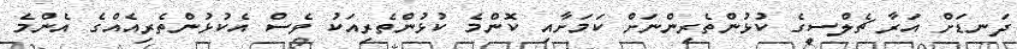
ދަނޑަށް އަރާ ޗެލްސީގެ ކުޅުންތެރިންނަށް ކަމަށާއި ކޮންމެ ކުޅުންތެރިއަކު ވެސް އެކުޅުންތެރިއެއްގެ އެންމެ